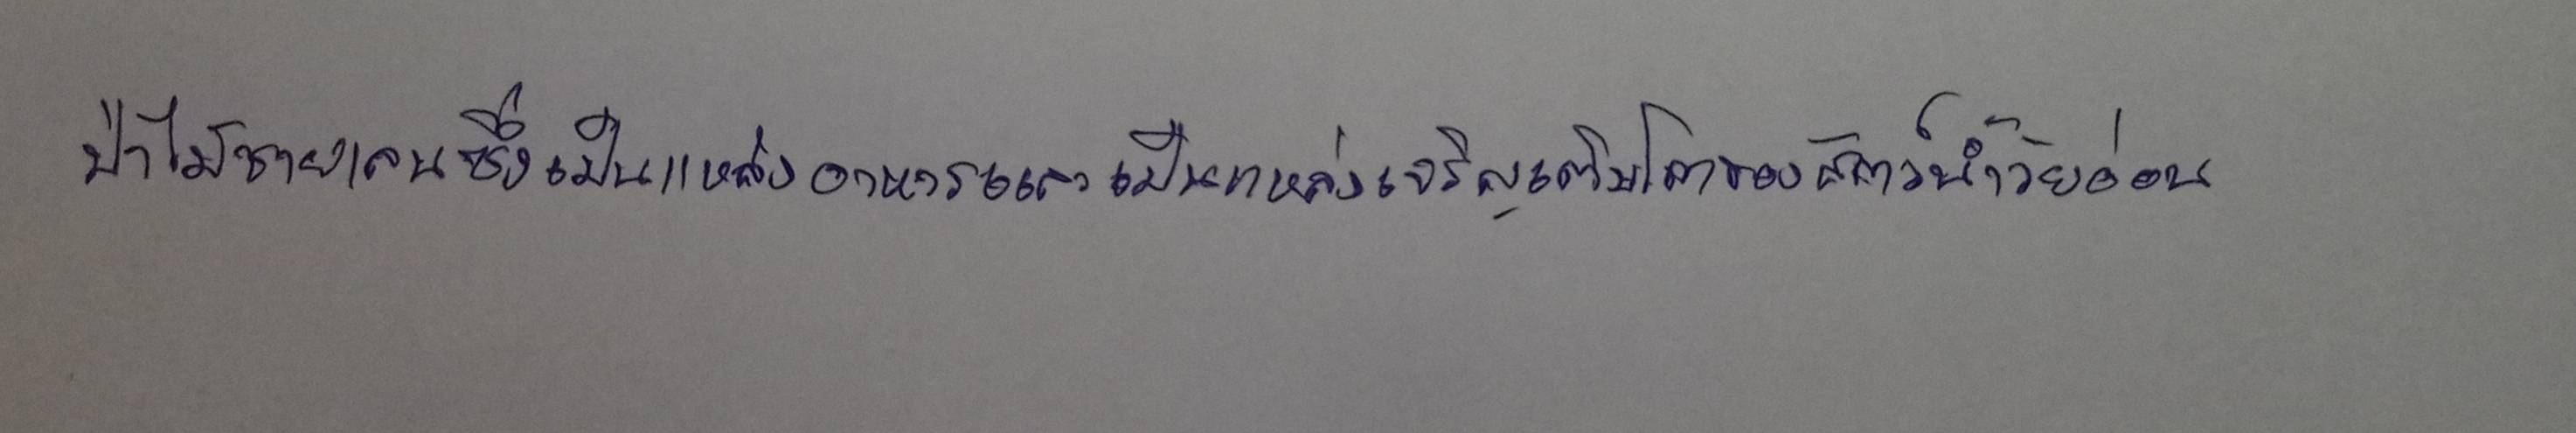
ป่าไม้ชายเลนซึ่งเป็นแหล่งอาหารและเป็นแหล่งเจริญเติบโตของสัตว์น้ำวัยอ่อน